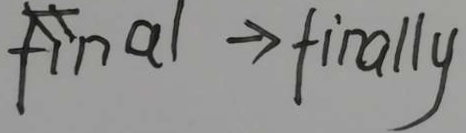
F i n a 1 \rightarrow f i n a l l y